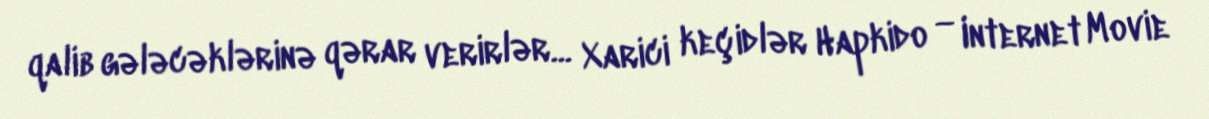
qalib gələcəklərinə qərar verirlər... Xarici keçidlər Hapkido — Internet Movie